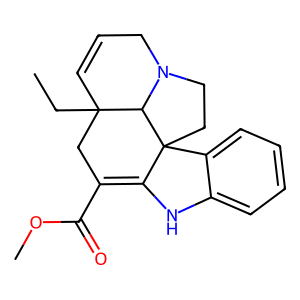
SMILES: CCC12C=CCN3CCC4(C(=C(C(=O)OC)C1)Nc1ccccc14)C32
Inhibits HIV replication: No